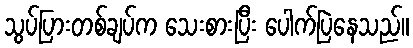
သွပ်ပြားတစ်ချပ်က သေးစားပြီး ပေါက်ပြဲနေသည်။